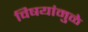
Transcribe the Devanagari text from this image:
विषयांमुळे